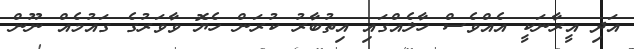
އަދި އީރާނަކީ އެއްވެސް ހާލެއްގައި އިތުބާރު ކުރަން ހެޔޮ ވާވަރުގެ ގައުމެއް ނޫން